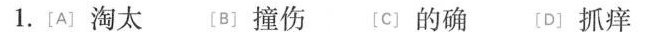
(4分)1.[A〕淘太 B]撞伤 tc〕的确 [D〕抓痒